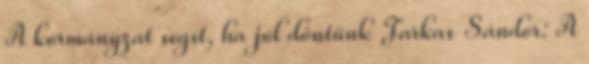
A kormányzat segít, ha jól döntünk Farkas Sándor: A